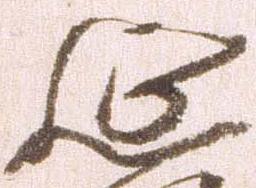
延